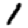
Digit: 1